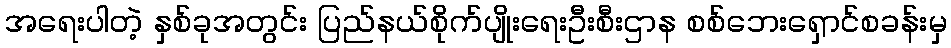
အရေးပါတဲ့ နှစ်ခုအတွင်း ပြည်နယ်စိုက်ပျိုးရေးဦးစီးဌာန စစ်ဘေးရှောင်စခန်းမှ